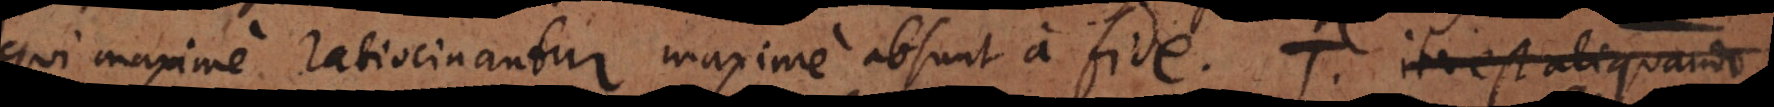
Qui maxime ratiocinantur maxime absunt a fide. T. Aliquando